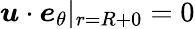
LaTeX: \boldsymbol{u}\cdot\boldsymbol{e}_{\theta}|_{r=R+0}=0